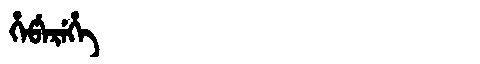
Manchu: ᡥᡝᡦᡝᡵᡝᡥᡝ
Romanization: HEPEREHE